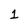
Character: 1